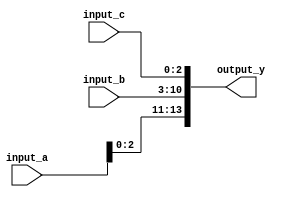
module concatenation_example (
    input wire [3:0] input_a,   // 4-bit input
    input wire [7:0] input_b,   // 8-bit input
    input wire [2:0] input_c,   // 3-bit input
    output wire [13:0] output_y  // 14-bit output (4 + 8 + 3 = 15 bits)
);

// Continuous assignment using concatenation
assign output_y = {input_a, input_b, input_c}; // Concatenate input_a, input_b, and input_c

endmodule